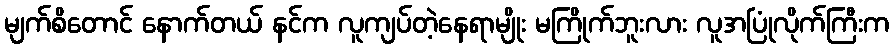
မျက်စိတောင် နောက်တယ် နင်က လူကျပ်တဲ့နေရာမျိုး မကြိုက်ဘူးလား လူအပြုံလိုက်ကြီးက